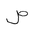
Letter: _sad